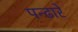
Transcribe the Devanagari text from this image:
पन्ढारे